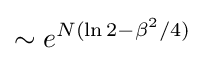
\sim e^{N(\ln 2-\beta ^{2}/4)}